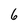
Character: 6